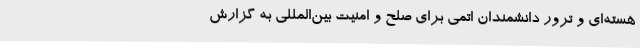
هسته‌ای و ترور دانشمندان اتمی برای صلح و امنیت بین‌المللی به گزارش